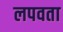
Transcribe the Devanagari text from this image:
लपवता